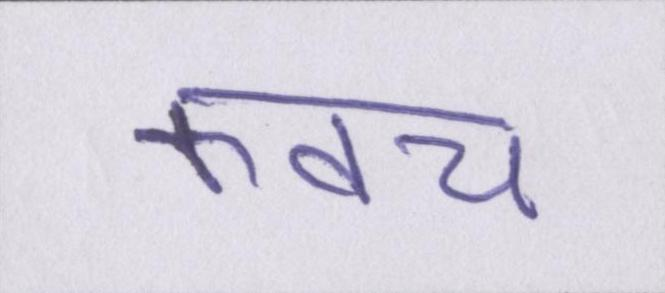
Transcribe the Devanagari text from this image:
कवच